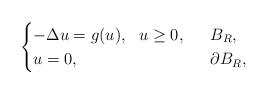
LaTeX: \begin{align*}\begin{cases}-\Delta u=g(u),\ \ u\ge 0,&\ \ B_R,\\ u=0,\ \ &\ \ \partial B_R,\end{cases}\end{align*}